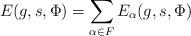
LaTeX: \begin{align*}E(g,s, \Phi ) = \sum_{\alpha \in F}E_\alpha (g,s, \Phi )\end{align*}